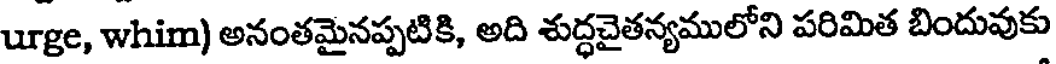
urge, whim) అనంతమైనప్పటికి, అది శుద్ధచైతన్యములోని పరిమిత బిందువుకు